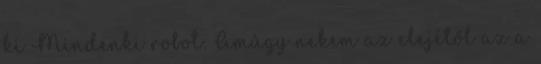
ki Mindenki robot: Amúgy nekem az elejétől az a